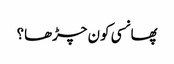
پھانسی کون چڑھا؟